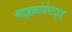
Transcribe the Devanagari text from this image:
माइक्रोपेप्टाइड